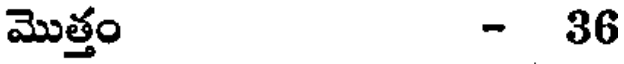
మొత్తం - 36